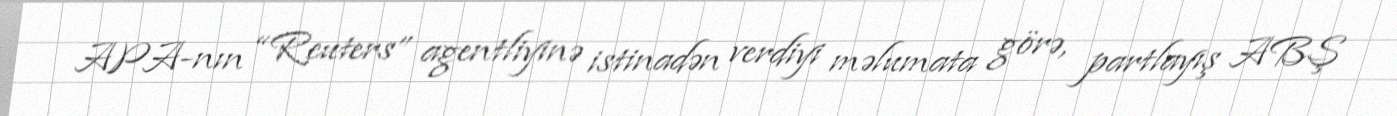
APA-nın “Reuters” agentliyinə istinadən verdiyi məlumata görə, partlayış ABŞ